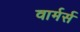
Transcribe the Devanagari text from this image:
वार्मर्स